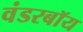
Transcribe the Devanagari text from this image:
वंडरबॉय